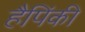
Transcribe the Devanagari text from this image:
हैपिंकी